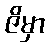
ဇိမှာ